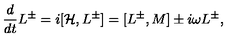
{ \frac { d } { d t } } { L ^ { \pm } } = i [ { \cal H } , L ^ { \pm } ] = [ L ^ { \pm } , { M } ] \pm i \omega L ^ { \pm } ,